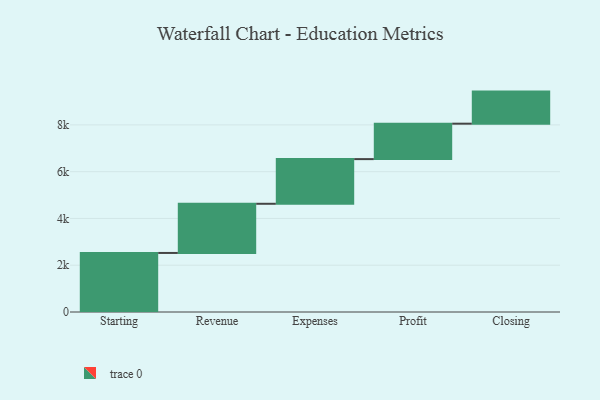
{"axis": {"x": "Step", "y": "Value"}, "legend": [""], "data": [{"x": "Starting", "y": 2525.0, "type": ""}, {"x": "Revenue", "y": 2103.0, "type": ""}, {"x": "Expenses", "y": 1910.0, "type": ""}, {"x": "Profit", "y": 1515.0, "type": ""}, {"x": "Closing", "y": 1372.0, "type": ""}]}